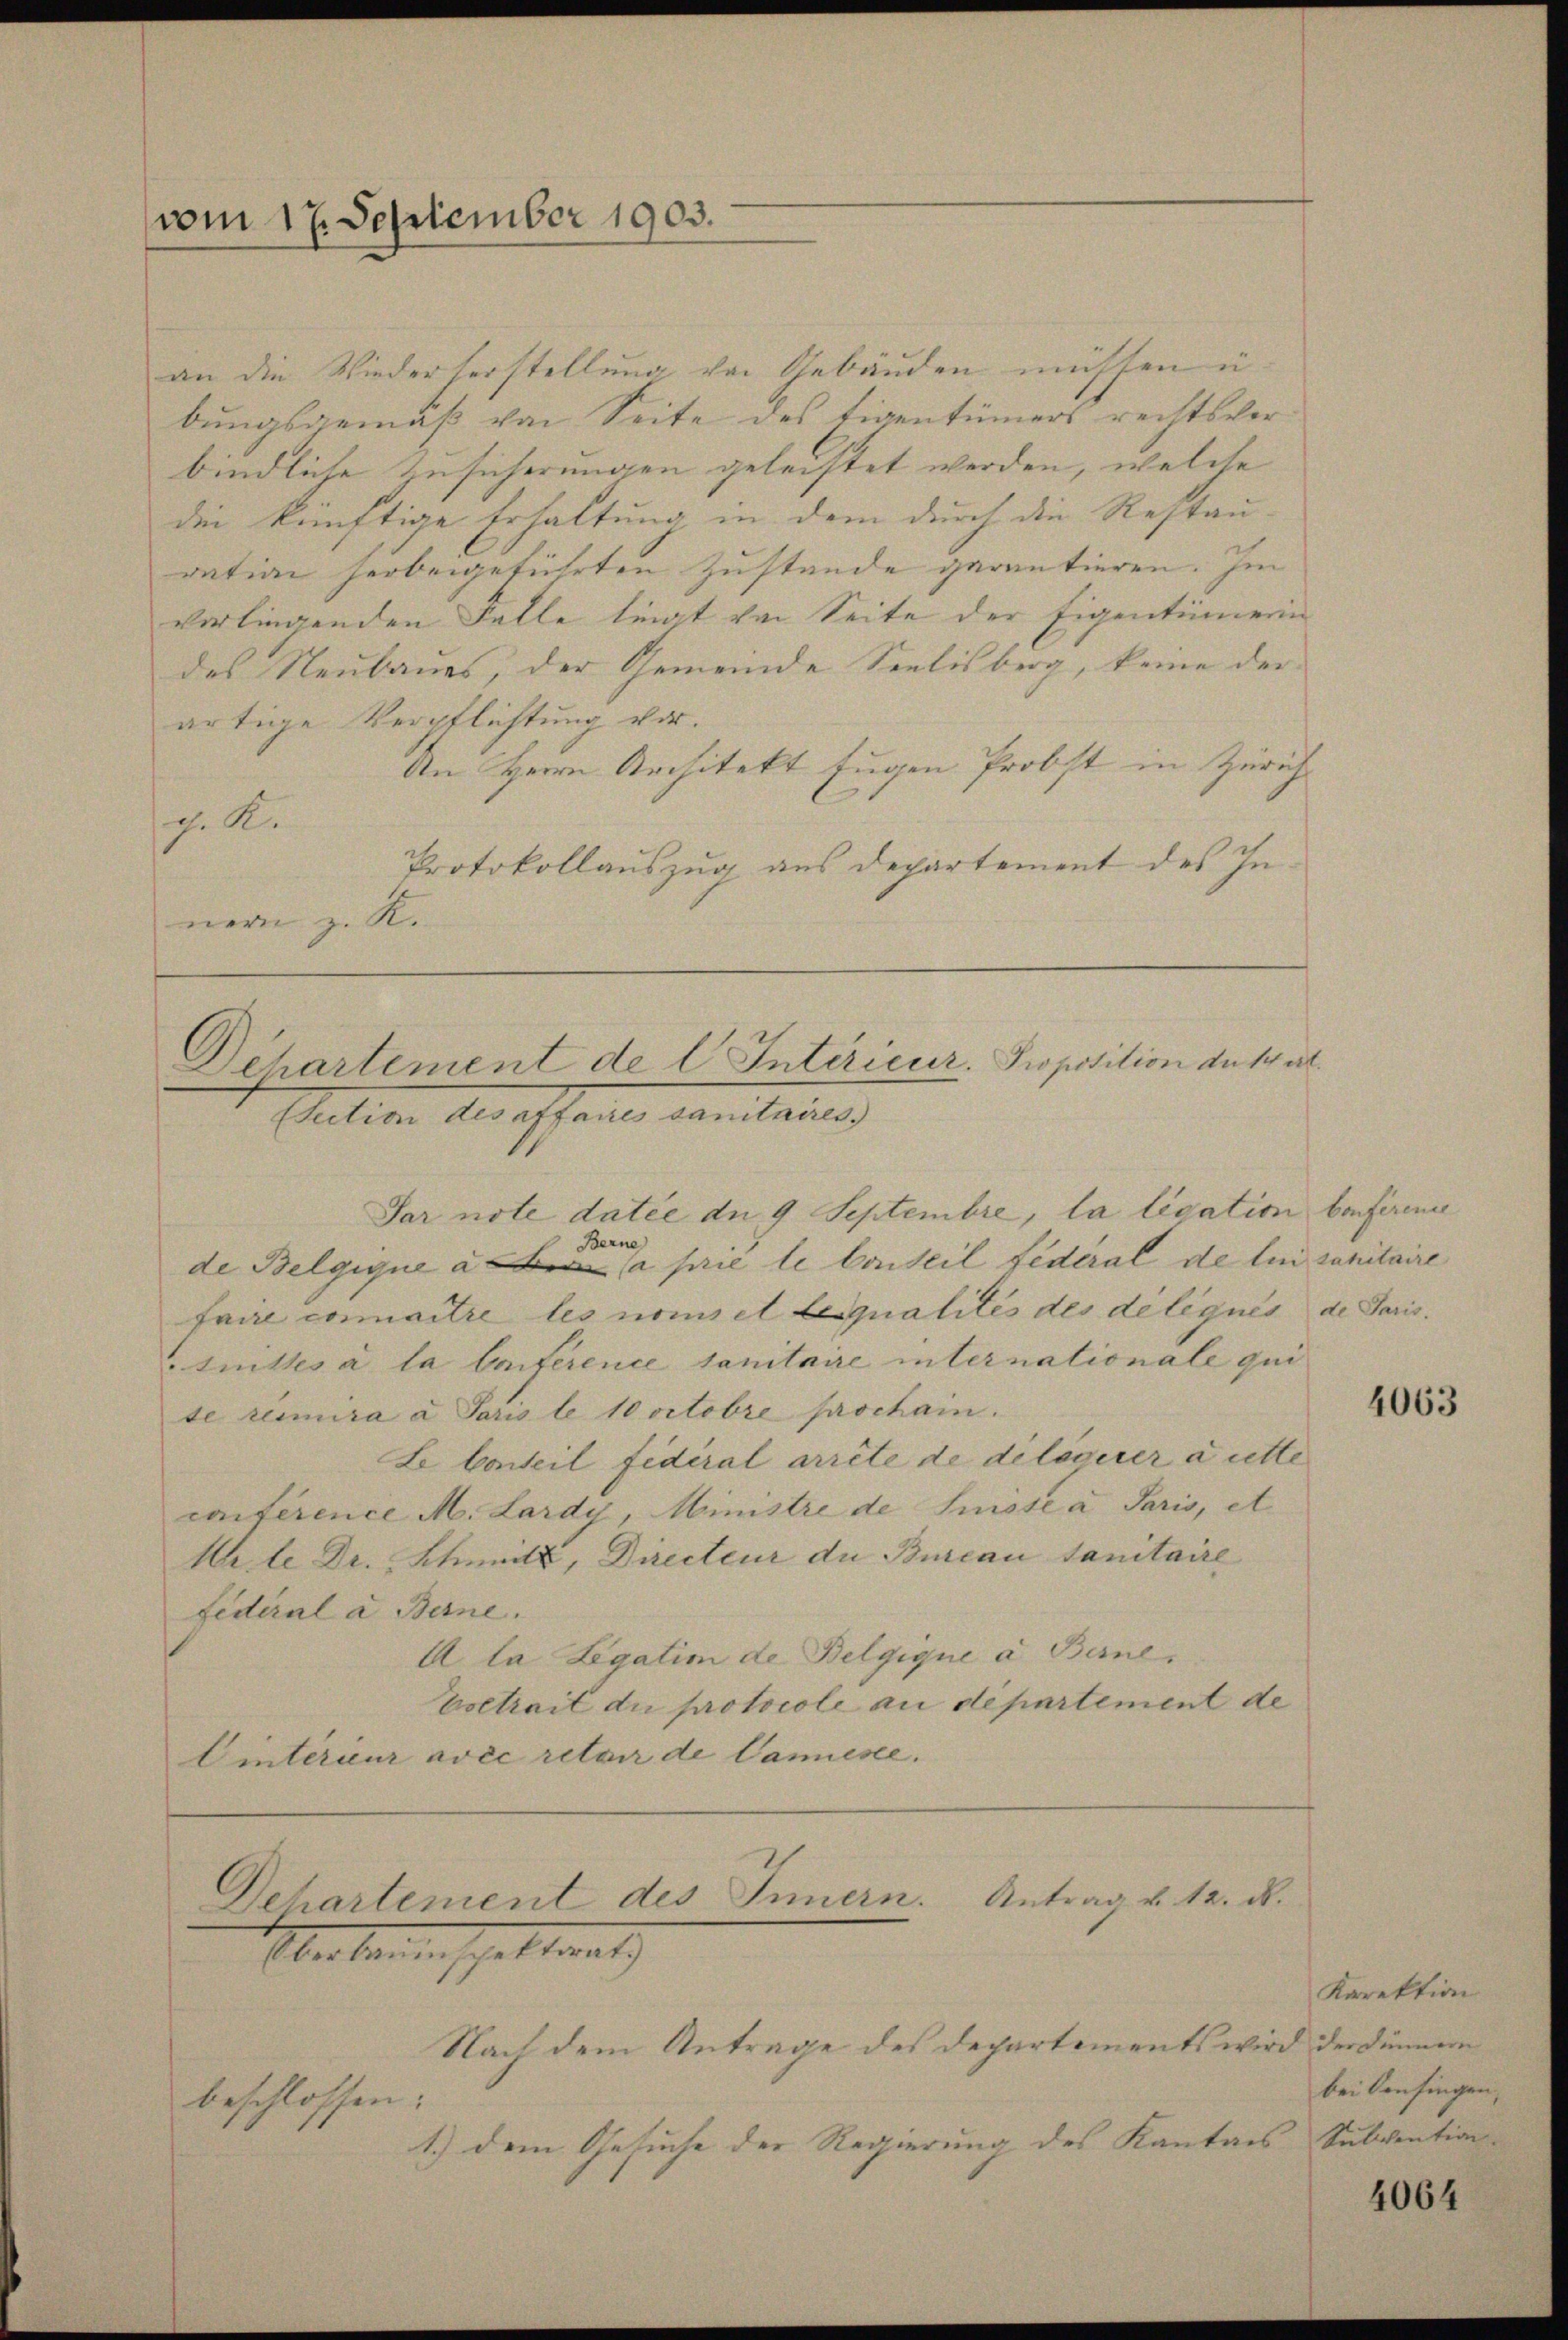
vom 17. September 1903.

an die Wiederherstellung von Gebäuden müssen u.
bungsgemäß von Seite des Eigentümers rechtsverbindliche Zusicherungen geleistet werden, welche
die künftige Erhaltung in dem durch die Restau-
ration herbeigeführten Zustande garantieren. Im |
verlingenden Falle liegt von Seite der Eigentümerin
des Neubaues, der Gemeinde Seelisberg, keine der
artige Verpflichtung vor.
An Herrn Architekt fugen Probst in Zürich
g. K.
Protokollauszug aus Departement des Innern z. R.

Dchartement de l. Interieur. Proposition du trat
Auction deressante damitanne

Jar note datie du 9 Septembre, la lisation befin
Berne
de Belgique à a prie le Carteil fédéral de lui sanitaire
faire commaitre les nomiel Liqualités des délégués de Paris.
tnittes à la laiference sanitaire internationale qui
te remira a Paris le 10 octobre prochain.
Le barteil fédéral arrête de delegerer a atte
conférence M. Lardy, Ministre de Suisse a Paris, et
Mile Dr. Schmitz, Directeur du Bureau sanitaire
Fidéral à Berne
A la Legatim de Belgigne a Berne,
Voetrait die protocole au departement de
Vintérieur avec retair de Canniesse.

Dehartement des Innern. Antrag v. 12. d.
Über kann schalterat

Nach dem Antrage des Departements wird der Dünnern
beschlossen:
1.) dem Gesuche der Regierung des Kantons Subvention

4063

Kirektion
bei Confingen,

4064